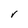
Character: V